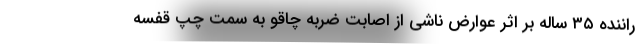
راننده ۳۵ ساله بر اثر عوارض ناشی از اصابت ضربه چاقو به سمت چپ قفسه